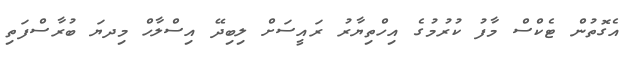
އެގޮތުން ޓެކްސް މާފު ކުރުމުގެ އިހްތިޔާރު ރައީސަށް ލިބިދޭ އިސްލާހް މިިދޔަ ބުރާސްފަތި